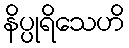
နိပ္ပုရိသေဟိ